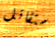
ستقاتل